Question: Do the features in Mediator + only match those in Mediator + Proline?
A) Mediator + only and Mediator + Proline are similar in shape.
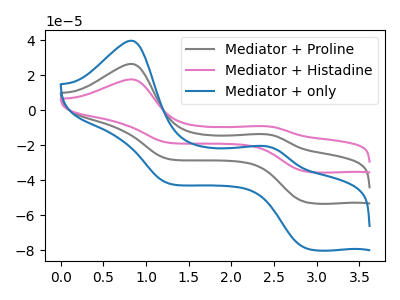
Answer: <think>The gray curve "Mediator + Proline" has anodic peaks at (0.80V, 26.50uA) (2.40V, -13.65uA) and cathodic peaks at (2.90V, -52.55uA) (1.25V, -27.80uA). The pink curve "Mediator + Histadine" has anodic peaks at (0.80V, 53.00uA) (2.40V, -27.30uA) and cathodic peaks at (2.90V, -105.10uA) (1.25V, -55.65uA). The blue curve "Mediator + only" has anodic peaks at (0.80V, 39.75uA) (2.40V, -20.45uA) and cathodic peaks at (2.90V, -78.85uA) (1.25V, -41.75uA).
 All the peaks in "Mediator + only" have a peak in "Mediator + Proline" at the same potential.</think>
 <answer>A) "Mediator + only" and "Mediator + Proline" are similar in shape.</answer>
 <eval>A</eval>